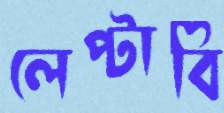
লেপ্‌টাবি